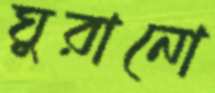
ঘুরানো